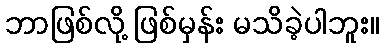
ဘာဖြစ်လို့ ဖြစ်မှန်း မသိခဲ့ပါဘူး။